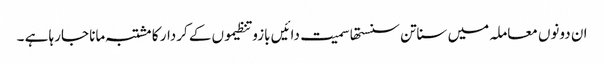
ان دونوں معاملہ میں سناتن سنستھا سمیت دائیں بازو تنظیموں کے کردار کا مشتبہ مانا جارہا ہے ۔